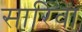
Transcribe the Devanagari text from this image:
सारिवा